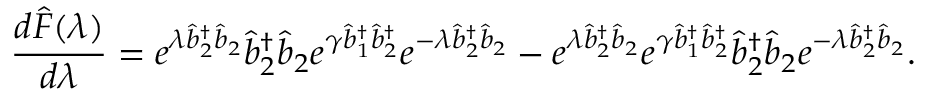
\frac { d \hat { F } ( \lambda ) } { d \lambda } = e ^ { \lambda \hat { b } _ { 2 } ^ { \dagger } \hat { b } _ { 2 } } \hat { b } _ { 2 } ^ { \dagger } \hat { b } _ { 2 } e ^ { \gamma \hat { b } _ { 1 } ^ { \dagger } \hat { b } _ { 2 } ^ { \dagger } } e ^ { - \lambda \hat { b } _ { 2 } ^ { \dagger } \hat { b } _ { 2 } } - e ^ { \lambda \hat { b } _ { 2 } ^ { \dagger } \hat { b } _ { 2 } } e ^ { \gamma \hat { b } _ { 1 } ^ { \dagger } \hat { b } _ { 2 } ^ { \dagger } } \hat { b } _ { 2 } ^ { \dagger } \hat { b } _ { 2 } e ^ { - \lambda \hat { b } _ { 2 } ^ { \dagger } \hat { b } _ { 2 } } .